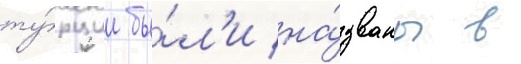
ту́рции бы́л'и на́званы в